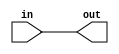
`timescale 1ns / 1ps
//////////////////////////////////////////////////////////////////////////////////
// Company: 
// Engineer: 
// 
// Design Name: 
// Module Name: mov1
// Project Name: 
// Target Devices: 
// Tool Versions: 
// Description: 
// 
// Dependencies: 
// 
// Revision:
// Revision 0.01 - File Created
// Additional Comments:
// 
//////////////////////////////////////////////////////////////////////////////////


module mov1(out, in);
    // Input (Source register)
    input  in;
    
    // Output (Destination register)
    output out;
    
    assign out = in;
endmodule